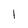
Character: 1